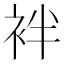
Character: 袢